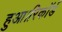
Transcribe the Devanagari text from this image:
हुआ।रिकॉर्ड